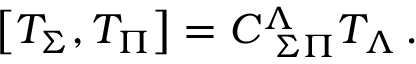
\left[ T _ { \Sigma } , T _ { \Pi } \right] = C _ { \ \Sigma \Pi } ^ { \Lambda } T _ { \Lambda } \, .